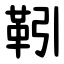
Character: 靷